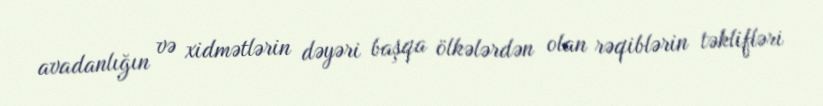
avadanlığın və xidmətlərin dəyəri başqa ölkələrdən olan rəqiblərin təklifləri